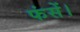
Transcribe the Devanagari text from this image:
फंसें।